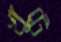
খুঁটে